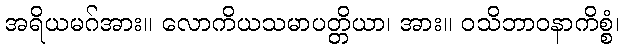
အရိယမဂ်အား။ လောကိယသမာပတ္တိယာ၊ အား။ ဝသိဘာဝနာကိစ္စံ၊